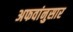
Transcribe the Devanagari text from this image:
अफवांनुसार